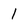
Character: 1